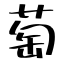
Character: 萄